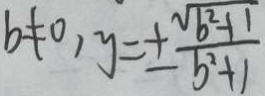
b \neq 0 , y = \pm \frac { \sqrt { b ^ { 2 } + 1 } } { b ^ { 2 } + 1 }